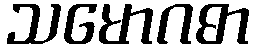
သမောဂဓာ